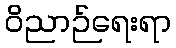
ဝိညာဉ်ရေးရာ